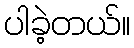
ပါခဲ့တယ်။